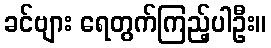
ခင်ဗျား ရေတွက်ကြည့်ပါဦး။